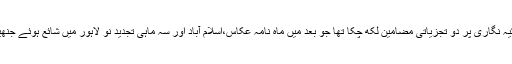
اس سے قبل میں حضرت صبا اکبر آبادی کی مرثیہ نگاری پر دو تجزیاتی مضامین لکھ چکا تھا جو بعد میں ماہ نامہ عکاس،اسلام آباد اور سہ ماہی تجدید نو لاہور میں شائع ہوئے جنھیں ادب کے سنجیدہ قارئین نے بنظر تحسین دیکھا۔